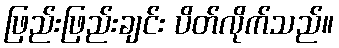
ဖြည်းဖြည်းချင်း ပိတ်လိုက်သည်။